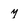
Character: y